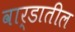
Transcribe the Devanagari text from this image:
वार्डातील